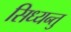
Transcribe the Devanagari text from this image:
सिध्यन्तु